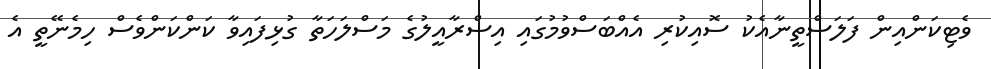
ވެޓިކަންއިން ފަލަސްތީނާއެކު ސޮއިކުރި އެއްބަސްވުމުގައި އިސްރާއީލުގެ މަސްލަހަތާ ގުޅިފައިވާ ކަންކަންވެސް ހިމެނޭތީ އެ